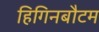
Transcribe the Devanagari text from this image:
हिगिनबौटम